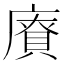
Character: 𪪡